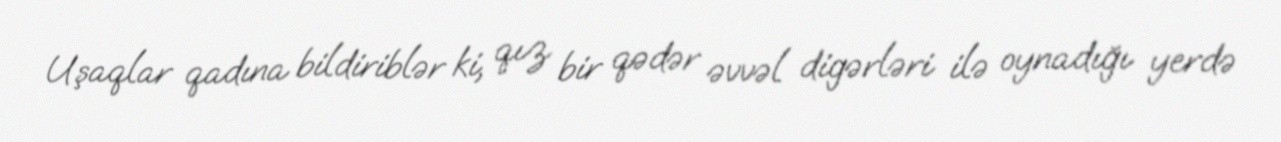
Uşaqlar qadına bildiriblər ki, qız bir qədər əvvəl digərləri ilə oynadığı yerdə